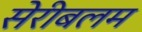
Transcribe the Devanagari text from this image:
सेरीबलम